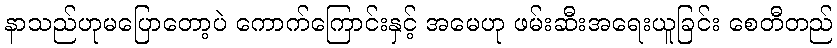
နာသည်ဟုမပြောတော့ပဲ ကောက်ကြောင်းနှင့် အမေဟု ဖမ်းဆီးအရေးယူခြင်း စေတီတည်